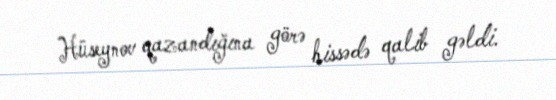
Hüseynov qazandığına görə hissədə qalib gəldi.